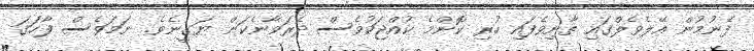
ފެނުމުން އޭލެވެލްގައި ތާށިވެފައި ހުރި ކޮންމެ ކުއްޖަކުވެސް ދެރަވާނެކަން ޔަގީނެވެ. ނަމަވެސް ފާހަގަ